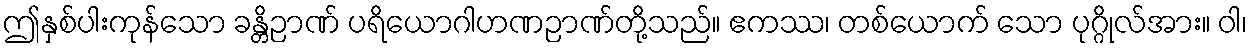
ဤနှစ်ပါးကုန်သော ခန္တိဉာဏ် ပရိယောဂါဟဏဉာဏ်တို့သည်။ ဧကဿ၊ တစ်ယောက် သော ပုဂ္ဂိုလ်အား။ ဝါ၊